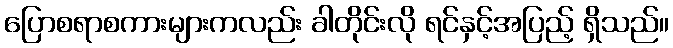
ပြောစရာစကားများကလည်း ခါတိုင်းလို ရင်နှင့်အပြည့် ရှိသည်။